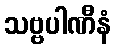
သဗ္ဗပါဏီနံ